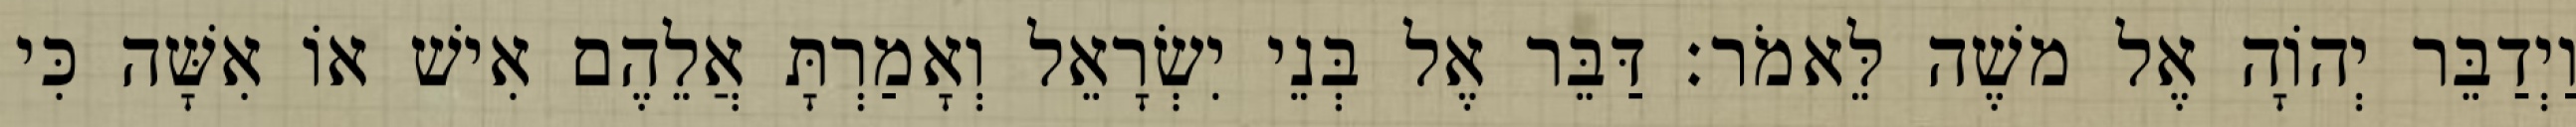
וַיְדַבֵּר יְהוָֹה אֶל משֶׁה לֵּאמֹר׃ דַּבֵּר אֶל בְּנֵי יִשְׂרָאֵל וְאָמַרְתָּ אֲלֵהֶם אִישׁ אוֹ אִשָּׁה כִּי